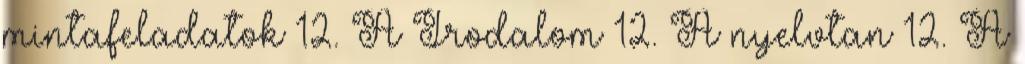
mintafeladatok 12. A Irodalom 12. A nyelvtan 12. A